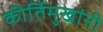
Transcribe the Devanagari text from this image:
कीर्तिमुखांनी